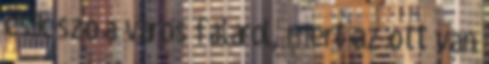
esik szó a város faláról, mert az ott van